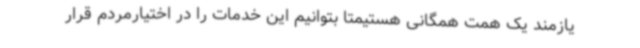
یازمند یک همت همگانی هستیمتا بتوانیم این خدمات را در اختیارمردم قرار